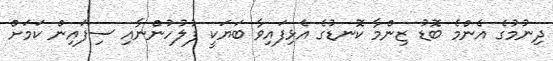
ދިނުމުގެ އެންމެ ބޮޑު ޒިންމާ ކޮނޑުގެ އެޅިފައިވާ ބަޔަކީ ފުލުހުންނާއި ސިފައިން ކަމަށް